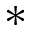
*